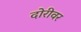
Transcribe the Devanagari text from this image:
दोरीवर